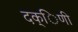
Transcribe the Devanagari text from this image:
दक्िणी